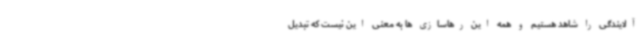
آلایندگی را شاهد هستیم و همه این رهاسازی ها به معنی این نیست که تبدیل